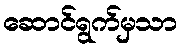
ဆောင်ရွက်မှသာ